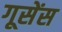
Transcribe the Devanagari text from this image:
गूसेंस